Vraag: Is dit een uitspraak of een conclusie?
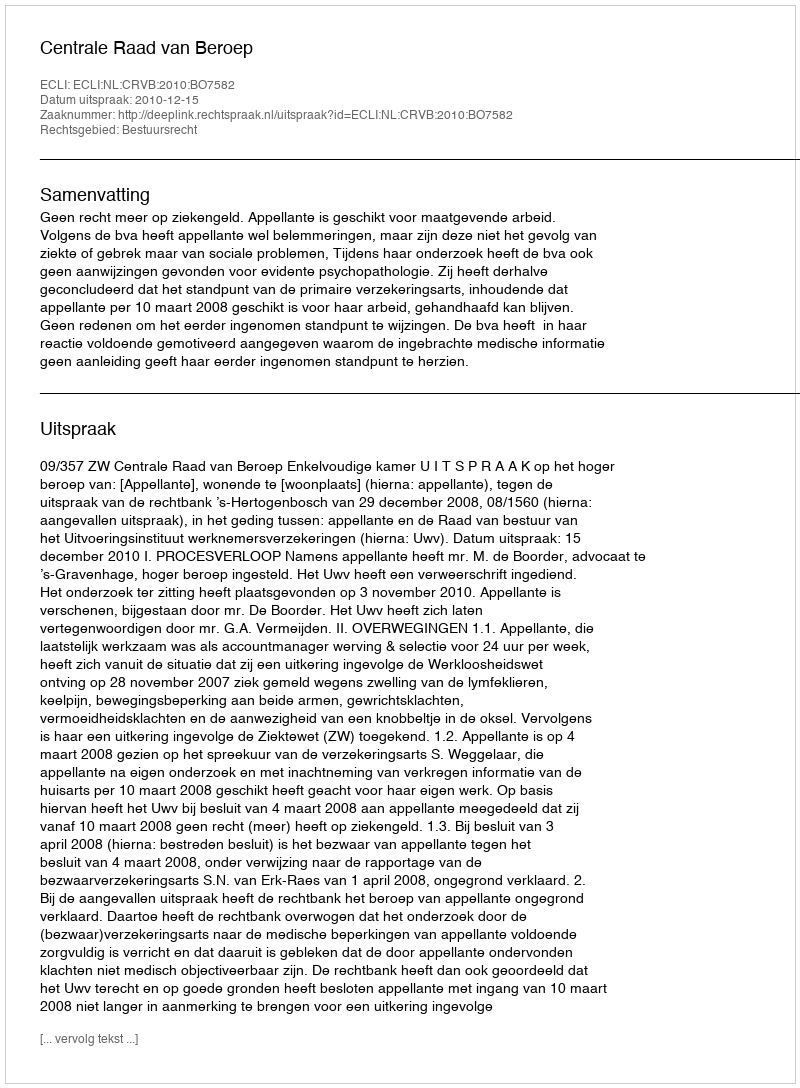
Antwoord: Uitspraak